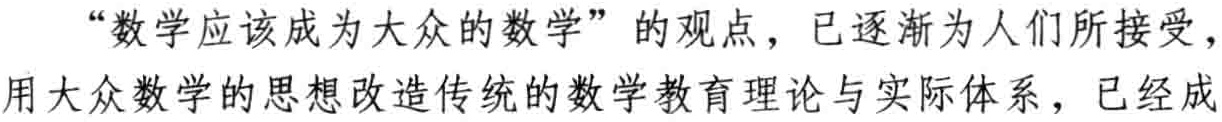
“数学应该成为大众的数学”的观点，已逐渐为人们所接受，用大众数学的思想改造传统的数学教育理论与实际体系，已经成